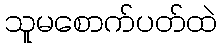
သူမစောက်ပတ်ထဲ